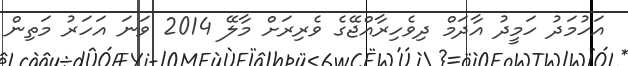
އަހުމަދު ހަމީދު އާދަމް ދިވެހިރާއްޖޭގެ ވެރިރަށް މާލޭ 2014 ވަނަ އަހަރު މަތިން